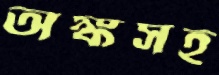
অঙ্কসহ